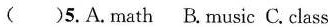
( )5.A.Math B.Music C.Class